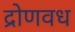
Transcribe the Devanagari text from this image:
द्रोणवध